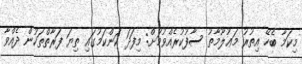
މިކަމާ ބެހޭ އިތުރު މަޢުލޫމާތު ސާފުކުރެއްވުމަށް: މިފަދަ ކަންކަމުގައި ތިޔަ ފަރާތްތަކުން ދެއްވާ